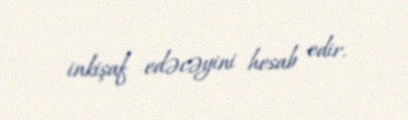
inkişaf edəcəyini hesab edir.